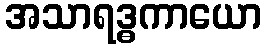
အသာရဒ္ဓကာယော